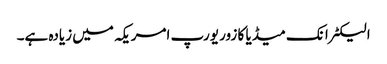
الیکٹرانک میڈیا کا زور یورپ امریکہ میں زیادہ ہے۔